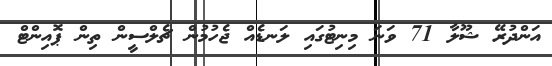
އަންދުރޭ ޝޫލާ 71 ވަނަ މިނިޓުގައި ލަނޑެއް ޖެހުމުން ޗެލްސީން ތިން ޕޮއިންޓް